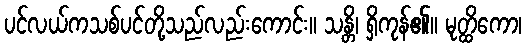
ပင်လယ်ကသစ်ပင်တို့သည်လည်းကောင်း။ သန္တိ၊ ရှိကုန်၏။ မုတ္ထိကော၊